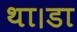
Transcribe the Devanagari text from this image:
था।डा